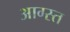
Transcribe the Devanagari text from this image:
आग्स्त